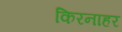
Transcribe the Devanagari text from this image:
किरनाहर